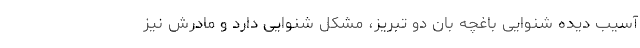
آسیب دیده شنوایی باغچه بان دو تبریز، مشکل شنوایی دارد و مادرش نیز